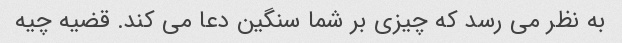
به نظر می رسد که چیزی بر شما سنگین دعا می کند. قضیه چیه